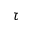
\tau